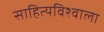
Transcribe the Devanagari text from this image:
साहित्यविश्‍वाला